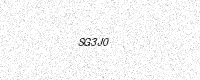
Text: SG3J0